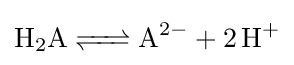
{\ce {H2A <=> A^2- + 2H+}}